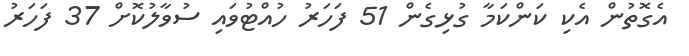
އެގޮތުން އެކި ކަންކަމާ ގުޅިގެން 51 ފަހަރު ހުއްޓުވައި ސުވާލުކޮށް 37 ފަހަރު